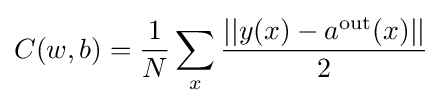
C(w,b)={1 \over N}\sum _{x}{||y(x)-a^{\text{out}}(x)|| \over 2}